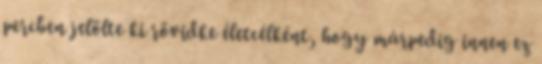
percben jelölte ki rövidke életcélként, hogy márpedig innen ez